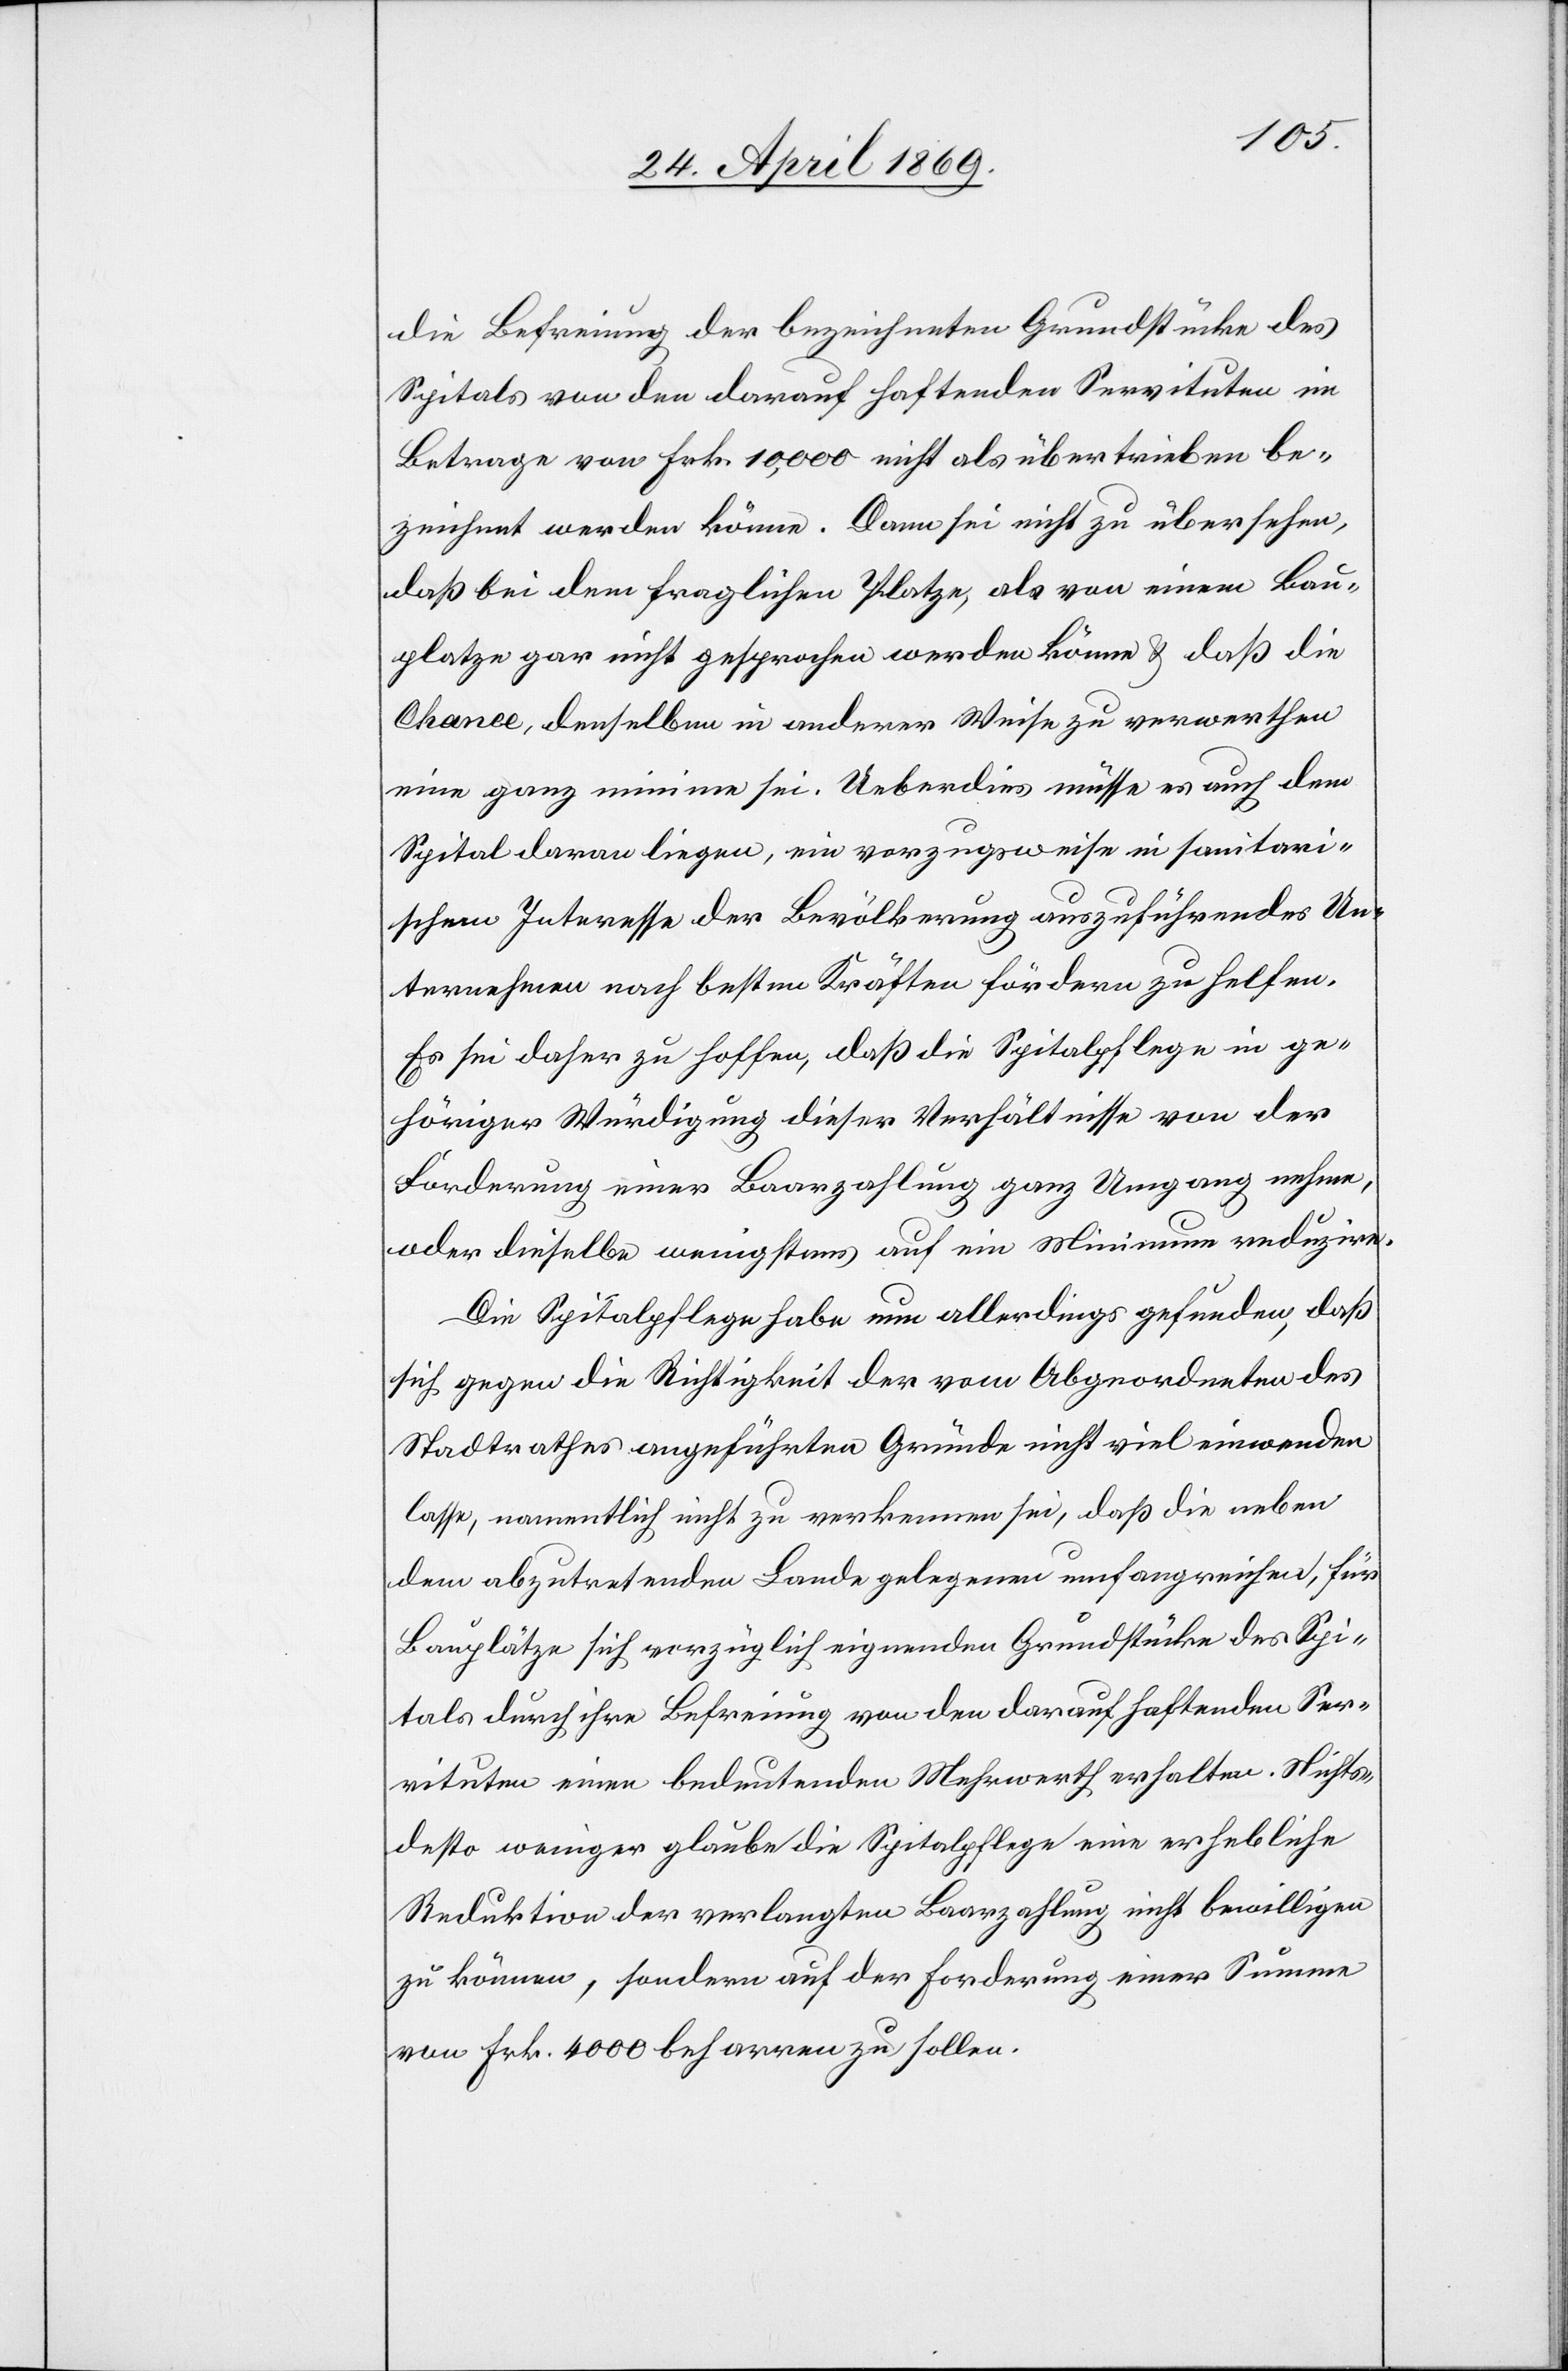
die Befreiung der bezeichneten Grundstücke des
Spitals von den darauf haftenden Servituten im
Betrage von Frk. 10,000 nicht als übertrieben be¬
zeichnet werden könne. Dann sei nicht zu übersehen,
daß bei dem fraglichen Platze, als von einem Bau¬
platze gar nicht gesprochen werden könne u. daß die
Chance, denselben in anderer Weise zu verwerthen
eine ganz minime sei. Ueberdies müsse es auch dem
Spital daran liegen, ein vorzugsweise in sanitari¬
schem Interesse der Bevölkerung auszuführendes Un¬
ternehmen nach besten Kräften fördern zu helfen.
Es sei daher zu hoffen, daß die Spitalpflege in ge¬
höriger Würdigung dieser Verhältnisse von der
Förderung einer Baarzahlung ganz Umgang nehme,
oder dieselbe wenigstens auf ein Minimum reduzire.
Die Spitalpflege habe nun allerdings gefunden, daß
sich gegen die Richtigkeit der vom Abgeordneten des
Stadtrathes angeführten Gründe nicht viel einwenden
lasse, namentlich nicht zu verkennen sei, daß die neben
dem abzutretenden Lande gelegenen umfangreichen, für
Bauplätze sich vorzüglich eignenden Grundstücke des Spi¬
tals durch ihre Befreiung von den darauf haftenden Ser¬
vituten einen bedeutenden Mehrwerth erhalten. Nichts¬
desto weniger glaube die Spitalpflege eine erhebliche
Reduktion der verlangten Baarzahlung nicht bewilligen
zu können, sondern auf der Forderung einer Summe
von Frk. 4000 beharren zu sollen.